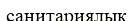
санитариялык